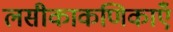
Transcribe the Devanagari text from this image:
लसीकाकणिकाएँ